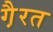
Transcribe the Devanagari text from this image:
गै़रत